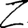
Digit: 2